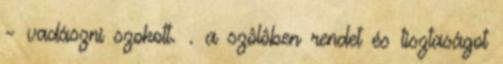
– vadászni szokott. . a szôlôben rendet és tisztaságot